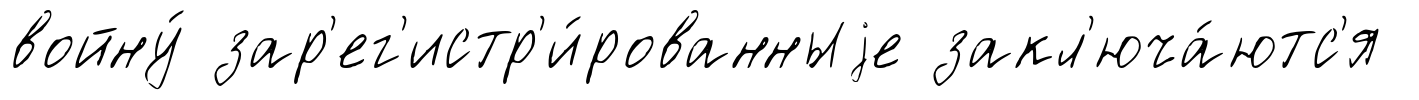
войну́ зар'ег'истр'и́рованныjе закл'юча́ютс'я